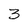
Character: 3